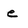
Character: e